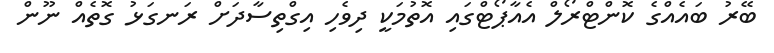
ބޭރު ބައެއްގެ ކޮންޓްރޯލް އެއާޕޯޓްގައި އޮތުމަކީ ދިވެހި އިގްތިސާދަށް ރަނގަޅު ގޮތެއް ނޫން